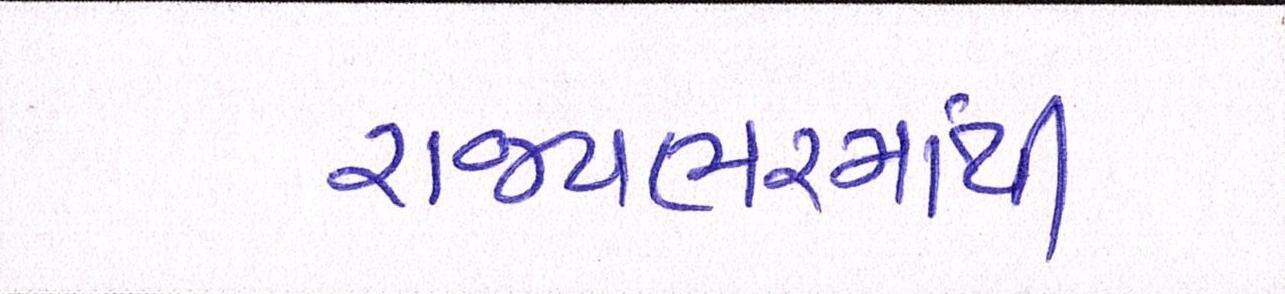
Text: રાજયભરમાંથી